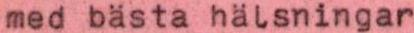
med bästa hälsningar